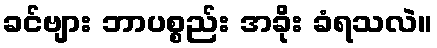
ခင်ဗျား ဘာပစ္စည်း အခိုး ခံရသလဲ။